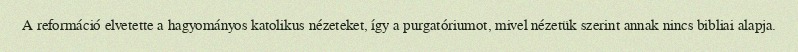
A reformáció elvetette a hagyományos katolikus nézeteket, így a purgatóriumot, mivel nézetük szerint annak nincs bibliai alapja.